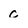
Character: c